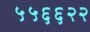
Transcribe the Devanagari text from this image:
५५६६२२